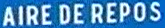
AIRE DE REPOS